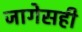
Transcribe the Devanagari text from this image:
जागेसही